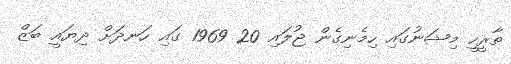
ތާރީހީ މިޝަނުގައި ހިމެނިގެން ޖުލައި 20 1969 ގައި ހަނދަށް ދިޔައީ ބަޒް